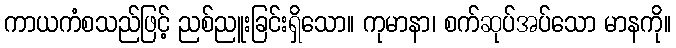
ကာယကံစသည်ဖြင့် ညစ်ညူးခြင်းရှိသော။ ကုမာနာ၊ စက်ဆုပ်အပ်သော မာနကို။